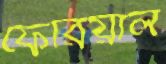
ফেরিয়াল